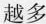
越多